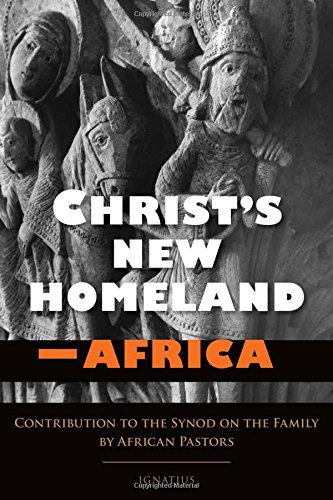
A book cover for Christ's New Homeland - Africa; Cardinal Robert Sarah; Christian Books & Bibles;